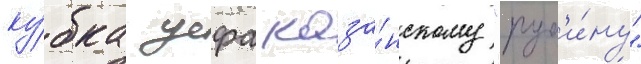
ку́бка уефа каза́нскому "руб'и́ну"